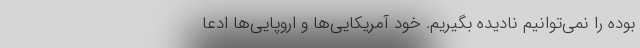
بوده را نمی‌توانیم نادیده بگیریم. خود آمریکایی‌ها و اروپایی‌ها ادعا